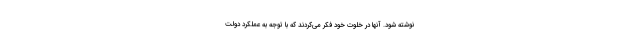
نوشته شود. آنها در خلوت خود فکر می‌کردند که با توجه به عملکرد دولت